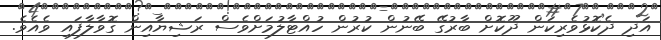
އަދި ދެކޮޅުވެރިކަން ދޫކޮށް ބާރުގޭ ބޭނުން ކުރުން ހުއްޓާލުމަށްވެސް ރަޝިޔާއިން ގޮވާލާފައި ވެއެވެ.